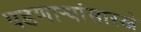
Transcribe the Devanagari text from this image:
पडणाऱ्यांसारखे